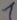
Text: 1